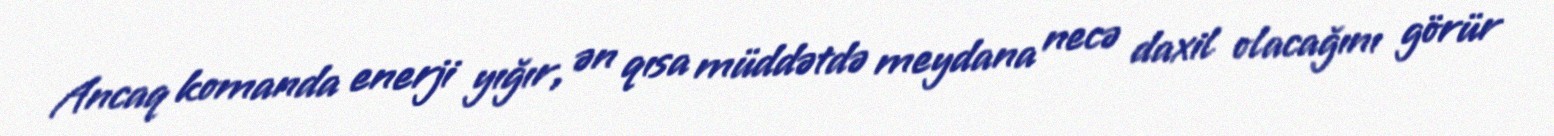
Ancaq komanda enerji yığır, ən qısa müddətdə meydana necə daxil olacağını görür